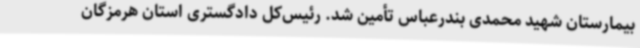
بیمارستان شهید محمدی بندرعباس تأمین شد. رئیس‌کل دادگستری استان هرمزگان